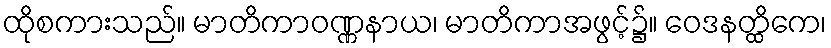
ထိုစကားသည်။ မာတိကာဝဏ္ဏနာယ၊ မာတိကာအဖွင့်၌။ ဝေဒနတ္ထိကေ၊